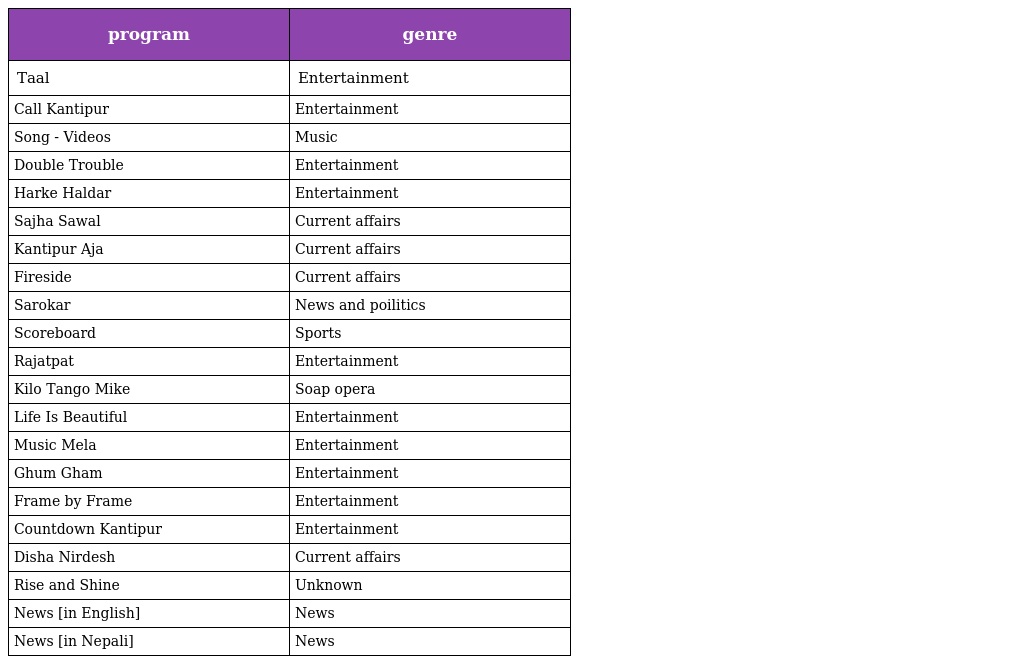
| program | genre |
 | --- | --- |
 | Taal | Entertainment |
 | Call Kantipur | Entertainment |
 | Song - Videos | Music |
 | Double Trouble | Entertainment |
 | Harke Haldar | Entertainment |
 | Sajha Sawal | Current affairs |
 | Kantipur Aja | Current affairs |
 | Fireside | Current affairs |
 | Sarokar | News and poilitics |
 | Scoreboard | Sports |
 | Rajatpat | Entertainment |
 | Kilo Tango Mike | Soap opera |
 | Life Is Beautiful | Entertainment |
 | Music Mela | Entertainment |
 | Ghum Gham | Entertainment |
 | Frame by Frame | Entertainment |
 | Countdown Kantipur | Entertainment |
 | Disha Nirdesh | Current affairs |
 | Rise and Shine | Unknown |
 | News [in English] | News |
 | News [in Nepali] | News |